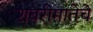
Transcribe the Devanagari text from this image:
शबरीमातेचे